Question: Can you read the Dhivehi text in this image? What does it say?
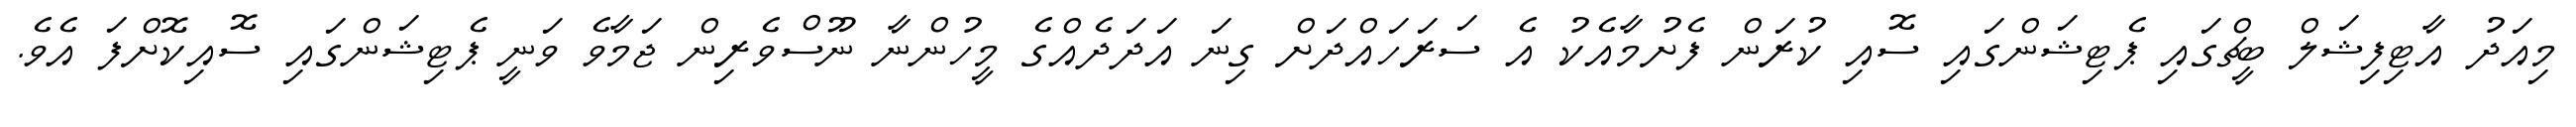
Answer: މިއަދު އާޓިފިޝަލް ބީޗްގައި ޕެޓިޝަންގައި ސޮއި ކުރަން ފެށުމާއެކު އެ ސަރަހައްދަށް ގިނަ އަދަދެއްގެ މީހުންނާ ނޫސްވެރިން ޖަމާވެ ވަނީ ޕެޓިޝަންގައި ސޮއިކޮށްފަ އެވެ.